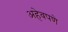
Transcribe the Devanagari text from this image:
अहेवपणे